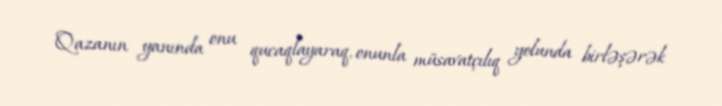
Qazanın yanında onu qucaqlayaraq, onunla müsavatçılıq yolunda birləşərək